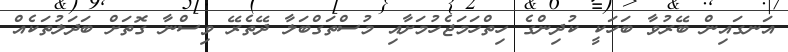
އަނގައިން ބޭރުވާ ބަހަކީ ކުދިންގެ ހިތްހަމަޖެހުމަށާއި މުސްތަގްބަލާ ދޭތެރޭ ވިސްނާ ގޮތަށް ބަދަލުތަކެއް